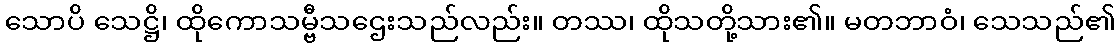
သောပိ သေဋ္ဌိ၊ ထိုကောသမ္ဗီသဌေးသည်လည်း။ တဿ၊ ထိုသတို့သား၏။ မတဘာဝံ၊ သေသည်၏